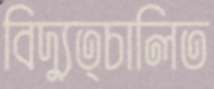
বিদ্যুত্চালিত